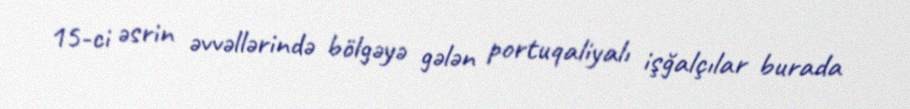
15-ci əsrin əvvəllərində bölgəyə gələn portuqaliyalı işğalçılar burada